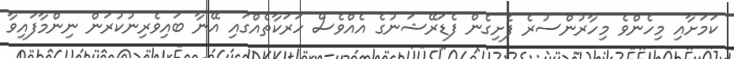
ކަމަށާއި މިހެންވެ މިހާރުންސުރެ ފެށިގެން ފެޑަރޭޝަނުގެ އެއްވެސް ހަރަކާތެއްގައި އޭނާ ބައިވެރިނުކުރަން ނިންމާފައިވާ